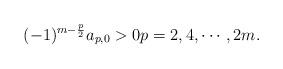
LaTeX: \begin{align*} (-1)^{m-\frac{p}{2}} a_{p,0}>0 p=2,4,\cdots,2m. \end{align*}